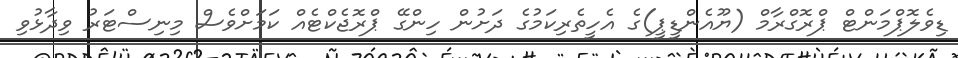
ޑިވެލޮޕްމަންޓް ޕްރޮގްރާމް (ޔޫއެންޑީޕީ)ގެ އެހީތެރިކަމުގެ ދަށުން ހިންގޭ ޕްރޮޖެކްޓެއް ކަމަށްވެސް މިނިސްޓަރު ވިދާޅުވި